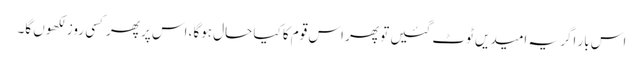
اس بار اگر یہ امیدیں ٹوٹ گئیں تو پھر اس قوم کا کیا حال ہوگا، اس پر پھرکسی روز لکھوں گا۔